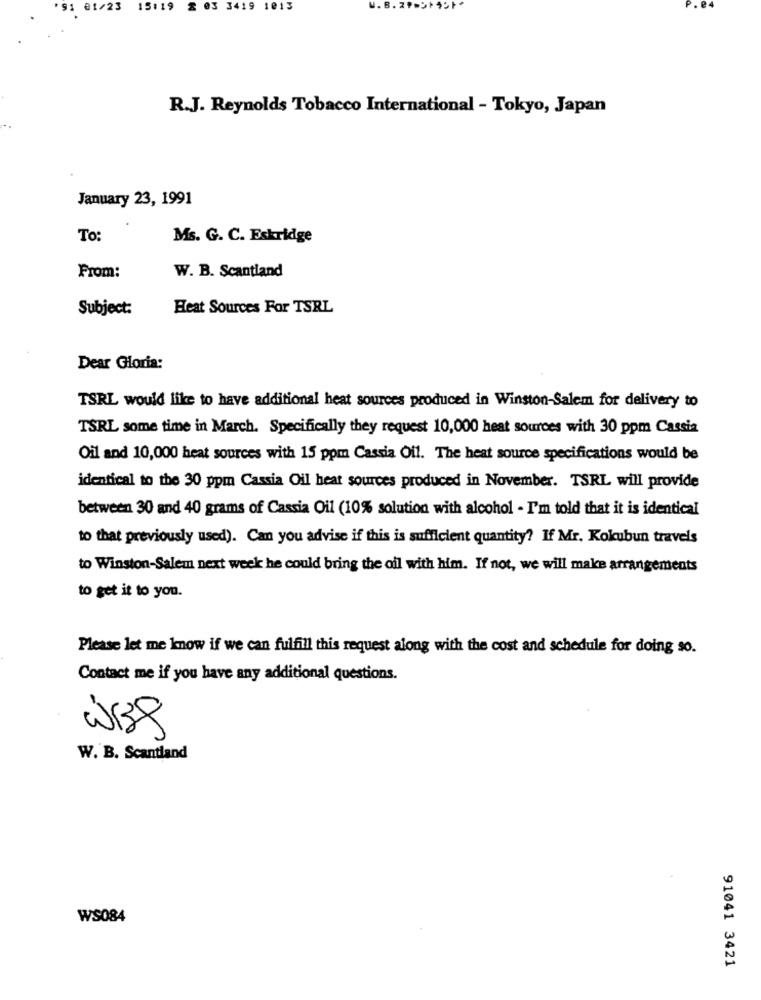
01/23
15:19 2 03 3419 1013
R.J. Reynolds Tobacco International - Tokyo, Japan
January 23, 1991
To:
Ms. G. C. Eskridge
From:
W. B. Scantland
Subject:
Heat Sources For TSRL
Dear Gloria:
TSRL would like to have additional heat sources produced in Winston-Salem for delivery to
TSRL some time in March. Specifically they request 10,000 heat sources with 30 ppm Cassia
Oil and 10,000 heat sources with 15 ppm Cassia Off. The heat source specifications would be
identical to the 30 ppm Cassia Oil heat sources produced in November. TSRL will provide
between 30 and 40 grams of Cassia Oil (10% solution with alcohol - I'm told that it is identical
to that previously used). Can you advise if this is sufficient quantity? If Mr. Kokubun travels
to Winston-Salem next week he could bring the oil with him. If not, we will make arrangements
to get it to you.
Please let me know if we can fulfill this request along with the cost and schedule for doing so.
Contact me if you have any additional questions.
w138
W. B. Scantiand
WS084
91041 3421